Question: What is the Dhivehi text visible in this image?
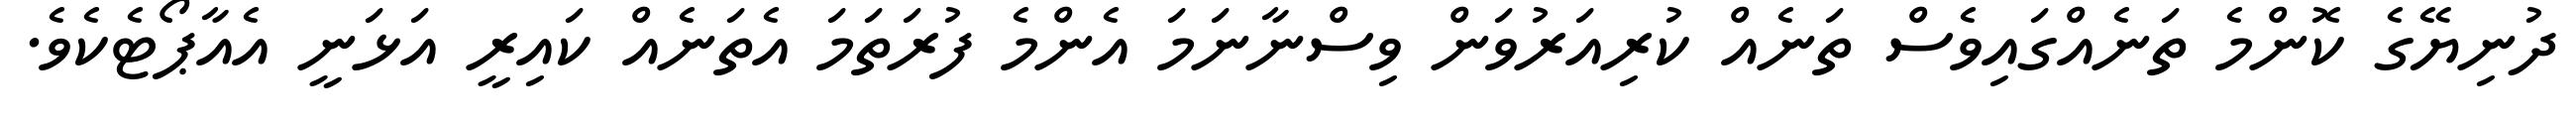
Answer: ދުނިޔޭގެ ކޮންމެ ތަނެއްގައިވެސް ތަނެއް ކުރިއަރުވަން ވިސްނާނަމަ އެންމެ ފުރަތަމަ އެތަނެއް ކައިރީ އަޅަނީ އެއާޕޯޓެކެވެ.